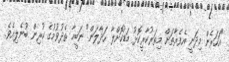
"އަހަރެން މިދަނީ އެފެރާތަށް މިތަރުކާރީކޮޅު މަޑުކޮށްލާ ހަދާލަން" ނަބީހާ ތެދުވުމުގެ ކުރިން ބުނެލިއެވެ.